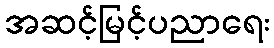
အဆင့်မြင့်ပညာရေး